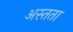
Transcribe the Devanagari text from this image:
अस्तता